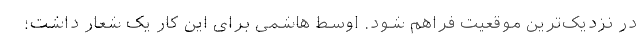
در نزدیک‌ترین موقعیت فراهم شود. اوسط هاشمی برای این کار یک شعار داشت؛